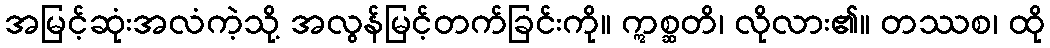
အမြင့်ဆုံးအလံကဲ့သို့ အလွန်မြင့်တက်ခြင်းကို။ ဣစ္ဆတိ၊ လိုလား၏။ တဿစ၊ ထို